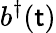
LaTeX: b^{\dagger}(\mathsf{t})